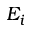
E _ { i }